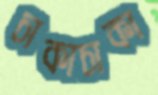
চাকাচাকা